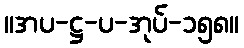
။အပ-ဋ္ဌ-ပ-အုပ်-၁၅၈။